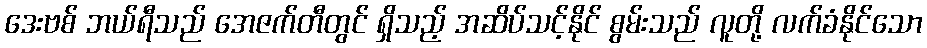
ဒေးဗစ် ဘယ်ရီသည် အေဇက်တီတွင် ရှိသည့် အဆိပ်သင့်နိုင် စွမ်းသည် လူတို့ လက်ခံနိုင်သော